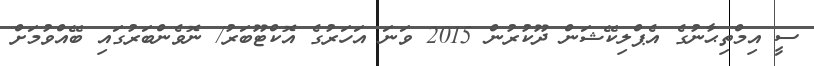
ސީ އިމްތިޙާނުގެ އެޕްލިކޭޝަން ދޫކުރުން 2015 ވަނަ އަހަރުގެ އޮކްޓޫބަރު/ ނޮވެންބަރުގައި ބޭއްވުމަށް